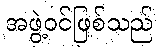
အဖွဲ့ဝင်ဖြစ်သည်